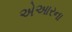
એઆરના